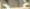
غدا